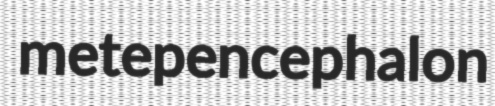
metepencephalon